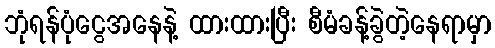
ဘုံရန်ပုံငွေအနေနဲ့ ထားထားပြီး စီမံခန့်ခွဲတဲ့နေရာမှာ